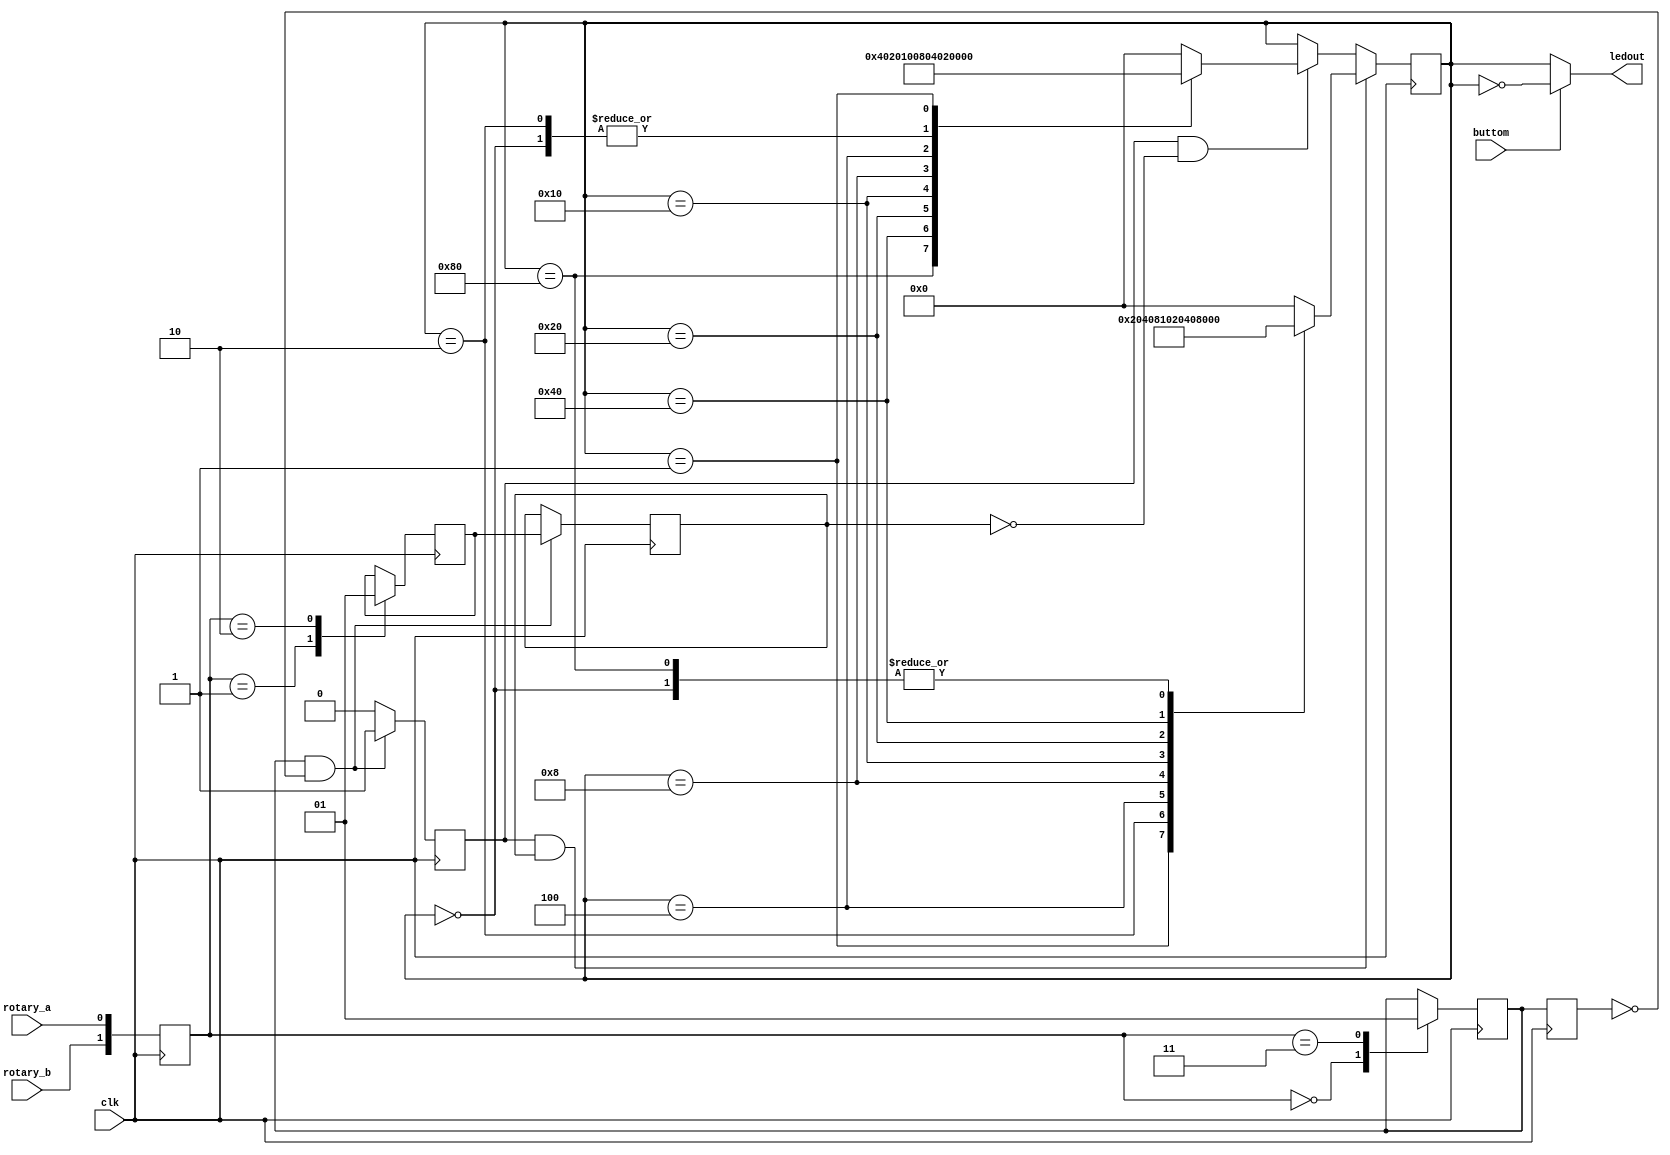
`timescale 1ns / 1ps
//////////////////////////////////////////////////////////////////////////////////
// Company: 
// Engineer: 
// 
// Design Name: 
// Module Name:    RotarySwitch 
// Project Name: 
// Target Devices: 
// Tool versions: 
// Description: 
//
// Dependencies: 
//
// Revision: 
// Revision 0.01 - File Created
// Additional Comments: 
//
//////////////////////////////////////////////////////////////////////////////////
module RotarySwitch(
    input rotary_a,
    input rotary_b,
    input buttom,
	 input clk,
    output [7:0] ledout
    );
	 
	 reg rotary_q1,rotary_q2,delay_rotary_q1,rotary_event,rotary_left;
	 reg [1:0] rotary_in;
	 reg [7:0] led;
	 
	 always @( posedge clk )
    begin : rotary_filter
	// concatinate rotary input signals to form vector for case construct.
	rotary_in <= {rotary_b, rotary_a};
	case (rotary_in)
		2'b00: rotary_q1 <= 1'b0;
		2'b01: rotary_q2 <= 1'b0;
		2'b10: rotary_q2 <= 1'b1;
		2'b11: rotary_q1 <= 1'b1;
		default: begin
			rotary_q1 <= 1'b0;
			rotary_q2 <= 1'b0;
		end
	endcase
	end
	
	always @(posedge clk )
	begin : direction
	delay_rotary_q1 <= rotary_q1;
	if ( rotary_q1 && (!delay_rotary_q1) )
	begin
		rotary_event <= 1'b1;
		rotary_left <= rotary_q2;
	end
	else
		rotary_event <= 1'b0;
	end
	
	always @(posedge clk)
	begin
	if (rotary_event && rotary_left)
	begin
	case(led)
		8'b0000_0000: led<=8'b0000_0001;
		8'b0000_0001: led<=8'b0000_0010;
		8'b0000_0010: led<=8'b0000_0100;
		8'b0000_0100: led<=8'b0000_1000;
		8'b0000_1000: led<=8'b0001_0000;
		8'b0001_0000: led<=8'b0010_0000;
		8'b0010_0000: led<=8'b0100_0000;
		8'b0100_0000: led<=8'b1000_0000;
		8'b1000_0000: led<=8'b0000_0001;
		default:led<=8'b0000_0000;
	endcase
	end
	else
	begin
	if(rotary_event && (!rotary_left))
	begin
	case(led)
		8'b0000_0000: led<=8'b0000_0001;
		8'b1000_0000: led<=8'b0100_0000;
		8'b0100_0000: led<=8'b0010_0000;
		8'b0010_0000: led<=8'b0001_0000;
		8'b0001_0000: led<=8'b0000_1000;
		8'b0000_1000: led<=8'b0000_0100;
		8'b0000_0100: led<=8'b0000_0010;
		8'b0000_0010: led<=8'b0000_0001;
		8'b0000_0001: led<=8'b1000_0000;
		default:led<=8'b0000_0000;
	endcase
	end
	else ;
	end
	end
	
	assign ledout = (buttom) ? (~led) : led ;

endmodule